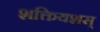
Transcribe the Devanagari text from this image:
शक्तियशस्